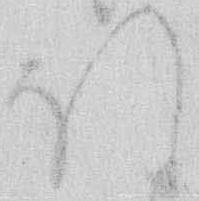
ほ